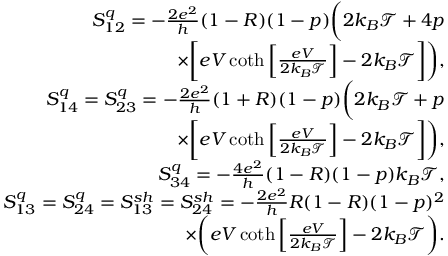
\begin{array} { r } { S _ { 1 2 } ^ { q } = - \frac { 2 e ^ { 2 } } { h } ( 1 - R ) ( 1 - p ) \bigg ( 2 k _ { B } \mathcal { T } + 4 p } \\ { \times \bigg [ e V \coth \left[ \frac { e V } { 2 k _ { B } \mathcal { T } } \right] - 2 k _ { B } \mathcal { T } \bigg ] \bigg ) , } \\ { S _ { 1 4 } ^ { q } = S _ { 2 3 } ^ { q } = - \frac { 2 e ^ { 2 } } { h } ( 1 + R ) ( 1 - p ) \bigg ( 2 k _ { B } \mathcal { T } + p } \\ { \times \bigg [ e V \coth \left[ \frac { e V } { 2 k _ { B } \mathcal { T } } \right] - 2 k _ { B } \mathcal { T } \bigg ] \bigg ) , } \\ { S _ { 3 4 } ^ { q } = - \frac { 4 e ^ { 2 } } { h } ( 1 - R ) ( 1 - p ) k _ { B } \mathcal { T } , } \\ { S _ { 1 3 } ^ { q } = S _ { 2 4 } ^ { q } = { S _ { 1 3 } ^ { s h } = S _ { 2 4 } ^ { s h } } = - \frac { 2 e ^ { 2 } } { h } R ( 1 - R ) ( 1 - p ) ^ { 2 } } \\ { \times \bigg ( e V \coth \left[ \frac { e V } { 2 k _ { B } \mathcal { T } } \right] - 2 k _ { B } \mathcal { T } \bigg ) . } \end{array}